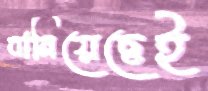
বানিয়েছেই